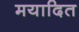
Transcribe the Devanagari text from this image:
मयादित